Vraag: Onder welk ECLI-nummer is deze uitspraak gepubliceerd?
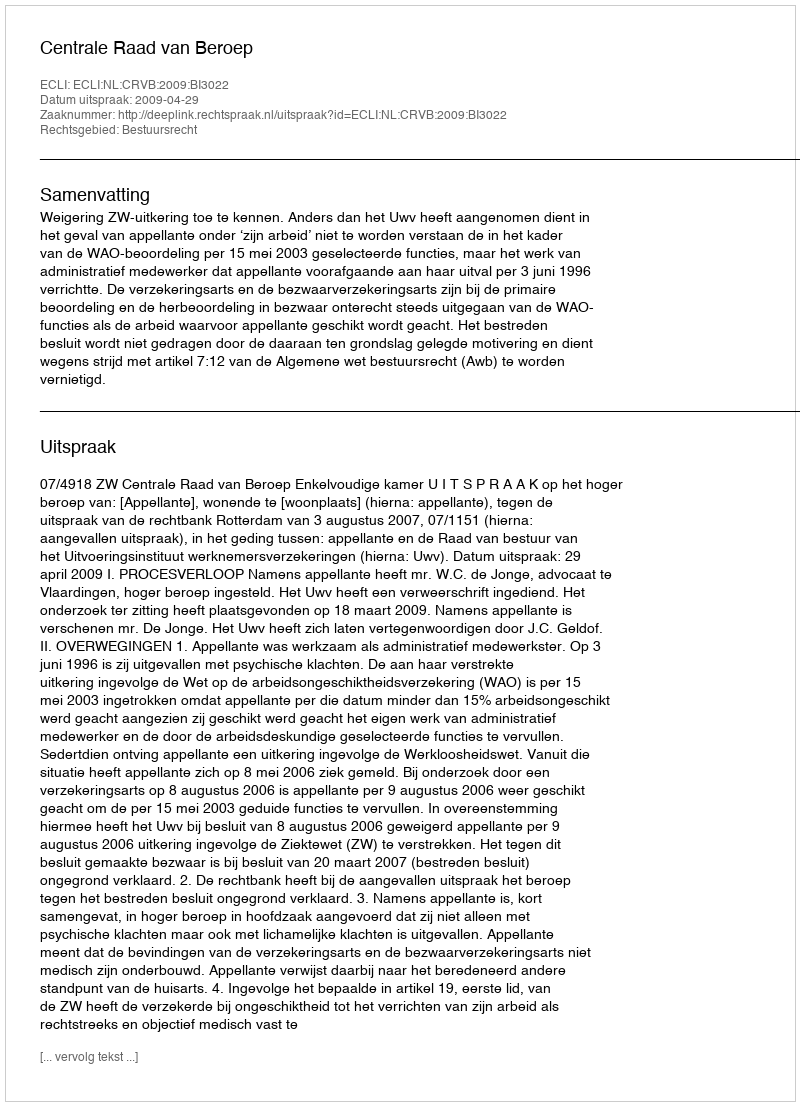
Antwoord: ECLI:NL:CRVB:2009:BI3022